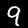
Label: 9